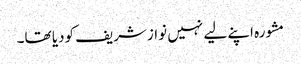
مشورہ اپنے لیے نہیں نوازشریف کودیا تھا۔